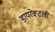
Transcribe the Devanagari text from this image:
डायरेक्टली